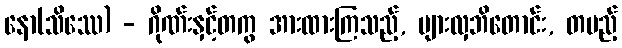
နော(သိဿေ) - ဂိုဏ်းနှင့်တကွ အားထားကြသည့်, များလှဘိတောင်း, တပည့်